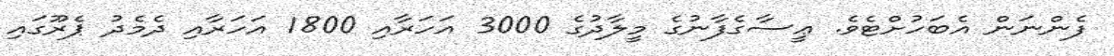
ފެންނަން އެބަހުށްޓެވެ. ޢީސާގެފާނުގެ މީލާދުގެ 3000 އަހަރާއި 1800 އަހަރާއި ދެމެދު ޕެރޫގަައި